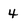
Character: 4